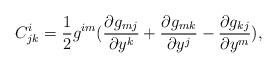
LaTeX: \begin{align*}C^i_{jk}=\frac{1}{2}g^{im}(\frac{\partial g_{mj}}{\partial y^k}+\frac{\partial g_{mk}}{\partial y^j}-\frac{\partial g_{kj}}{\partial y^m}),\end{align*}